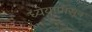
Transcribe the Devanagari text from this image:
ध्येयापासून